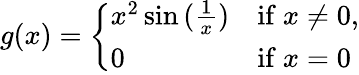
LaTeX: g(x)={\left\{ \begin{array}{ll}{x^{2}\sin{({\frac{1}{x}})}}&{{\mathrm{if~}}x\neq 0,}\\ {0}&{{\mathrm{if~}}x=0}\end{array}\right.}